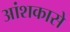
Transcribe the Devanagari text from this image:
आंशकासे